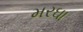
મરઘા